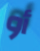
أو